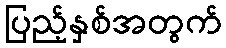
ပြည့်နှစ်အတွက်